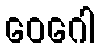
ဝေဂေါ